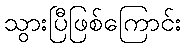
သွားပြီဖြစ်ကြောင်း